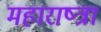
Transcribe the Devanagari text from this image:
महाराष्त्रा